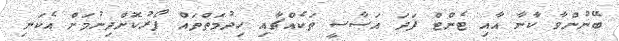
ބޭނުންވާ ކާނާ އާއި ޓެންޓް ފަދަ އަސާސީ ތަކެއްޗާއި ހިދުމަތްތައް ފޯރުކޮށްދިނުމަށް އެކަނި